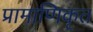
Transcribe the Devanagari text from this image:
प्रामाणिकृत